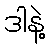
ဒါနဲ့